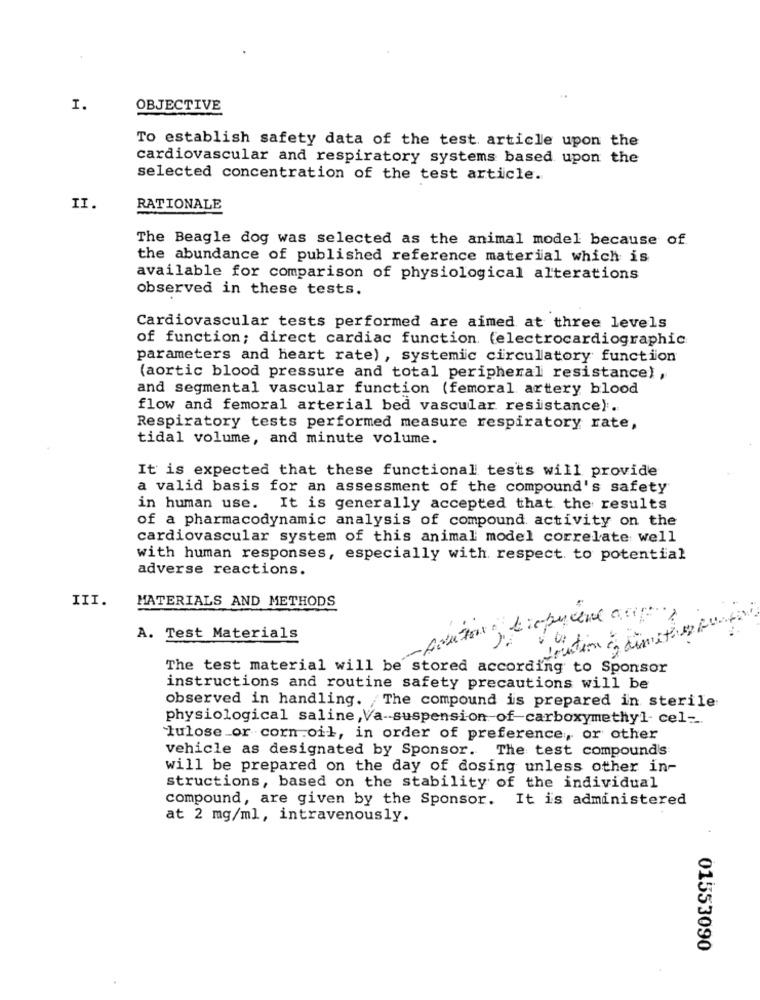
I.
OBJECTIVE
To establish safety data of the test article upon the
cardiovascular and respiratory systems based upon the
selected concentration of the test article.
II.
RATIONALE
The Beagle dog was selected as the animal model because of
the abundance of published reference material which is
available for comparison of physiological alterations
observed in these tests.
Cardiovascular tests performed are aimed at three levels
of function; direct cardiac function. (electrocardiogra
parameters and heart rate) , systemic circulatory function
(aortic blood pressure and total peripheral resistance) ,
and segmental vascular function (femoral artery blood
flow and femoral arterial bed vascular resistance).
Respiratory tests performed measure respiratory rate,
tidal volume, and minute volume.
It is expected that these functional tests will provide
a valid basis for an assessment of the compound's safety
in human use. It is generally accepted that the results
of a pharmacodynamic analysis of compound activity on the
cardiovascular system of this animal model correlate well
with human responses, especially with respect to potential
adverse reactions.
III.
MATERIALS AND METHODS
Avator, diepyrene asp
A. Test Materials
The test material will be stored according to Sponsor
instructions and routine safety precautions will be
observed in handling. The compound is prepared in sterile
physiological saline, Va-suspension of-carboxymethyl- cel-
lulose or cornoil, in order of preference, or other
vehicle as designated by Sponsor. The test compound's
will be prepared on the day of dosing unless other in-
structions, based on the stability of the individual
compound, are given by the Sponsor. It is administered
at 2 mg/ml, intravenously.
01553090